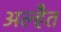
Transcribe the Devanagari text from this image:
अल्हैत